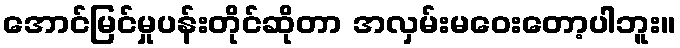
အောင်မြင်မှုပန်းတိုင်ဆိုတာ အလှမ်းမဝေးတော့ပါဘူး။